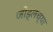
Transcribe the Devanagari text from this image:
जोड्लच्या